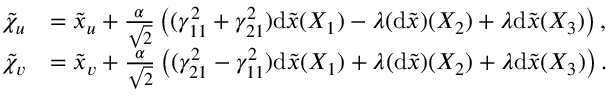
\begin{array} { r l } { \tilde { \chi } _ { u } } & { = \tilde { x } _ { u } + \frac { \alpha } { \sqrt { 2 } } \left( ( \gamma _ { 1 1 } ^ { 2 } + \gamma _ { 2 1 } ^ { 2 } ) \mathrm { d } \tilde { x } ( X _ { 1 } ) - \lambda ( \mathrm { d } \tilde { x } ) ( X _ { 2 } ) + \lambda \mathrm { d } \tilde { x } ( X _ { 3 } ) \right) , } \\ { \tilde { \chi } _ { v } } & { = \tilde { x } _ { v } + \frac { \alpha } { \sqrt { 2 } } \left( ( \gamma _ { 2 1 } ^ { 2 } - \gamma _ { 1 1 } ^ { 2 } ) \mathrm { d } \tilde { x } ( X _ { 1 } ) + \lambda ( \mathrm { d } \tilde { x } ) ( X _ { 2 } ) + \lambda \mathrm { d } \tilde { x } ( X _ { 3 } ) \right) . } \end{array}